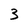
Character: 3